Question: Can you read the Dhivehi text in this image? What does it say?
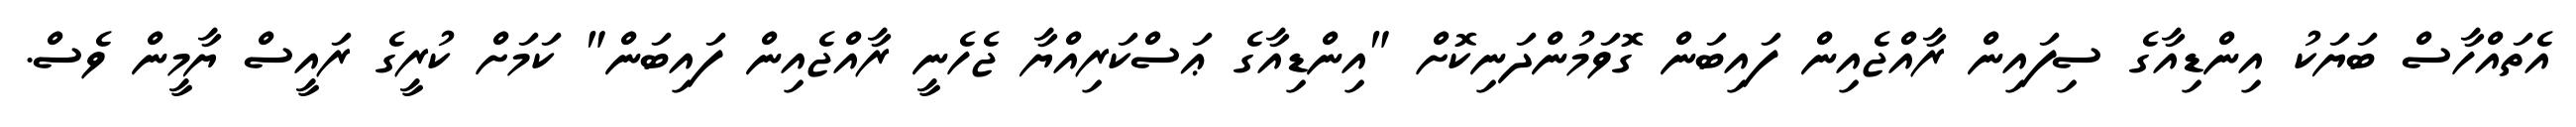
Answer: އެތައްހާސް ބަޔަކު އިންޑިއާގެ ސިފައިން ރާއްޖެއިން ފައިބަން ގޮވަމުންދަނިކޮށް "އިންޑިއާގެ ޢަސްކަރިއްޔާ ޖެހެނީ ރާއްޖެއިން ފައިބަން" ކަމަށް ކުރީގެ ރައީސް ޔާމީން ވެސް.